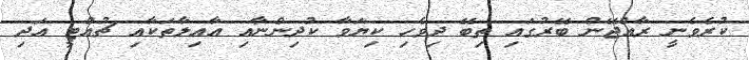
ކުރެވެނީ ރާއްޖޭން ބޭރުގައި ތިބޭ ދިވެހި ކިޔަވާ ކުދިންނާއި އާއިލާތަކާއި ޗުއްޓީ އަދި